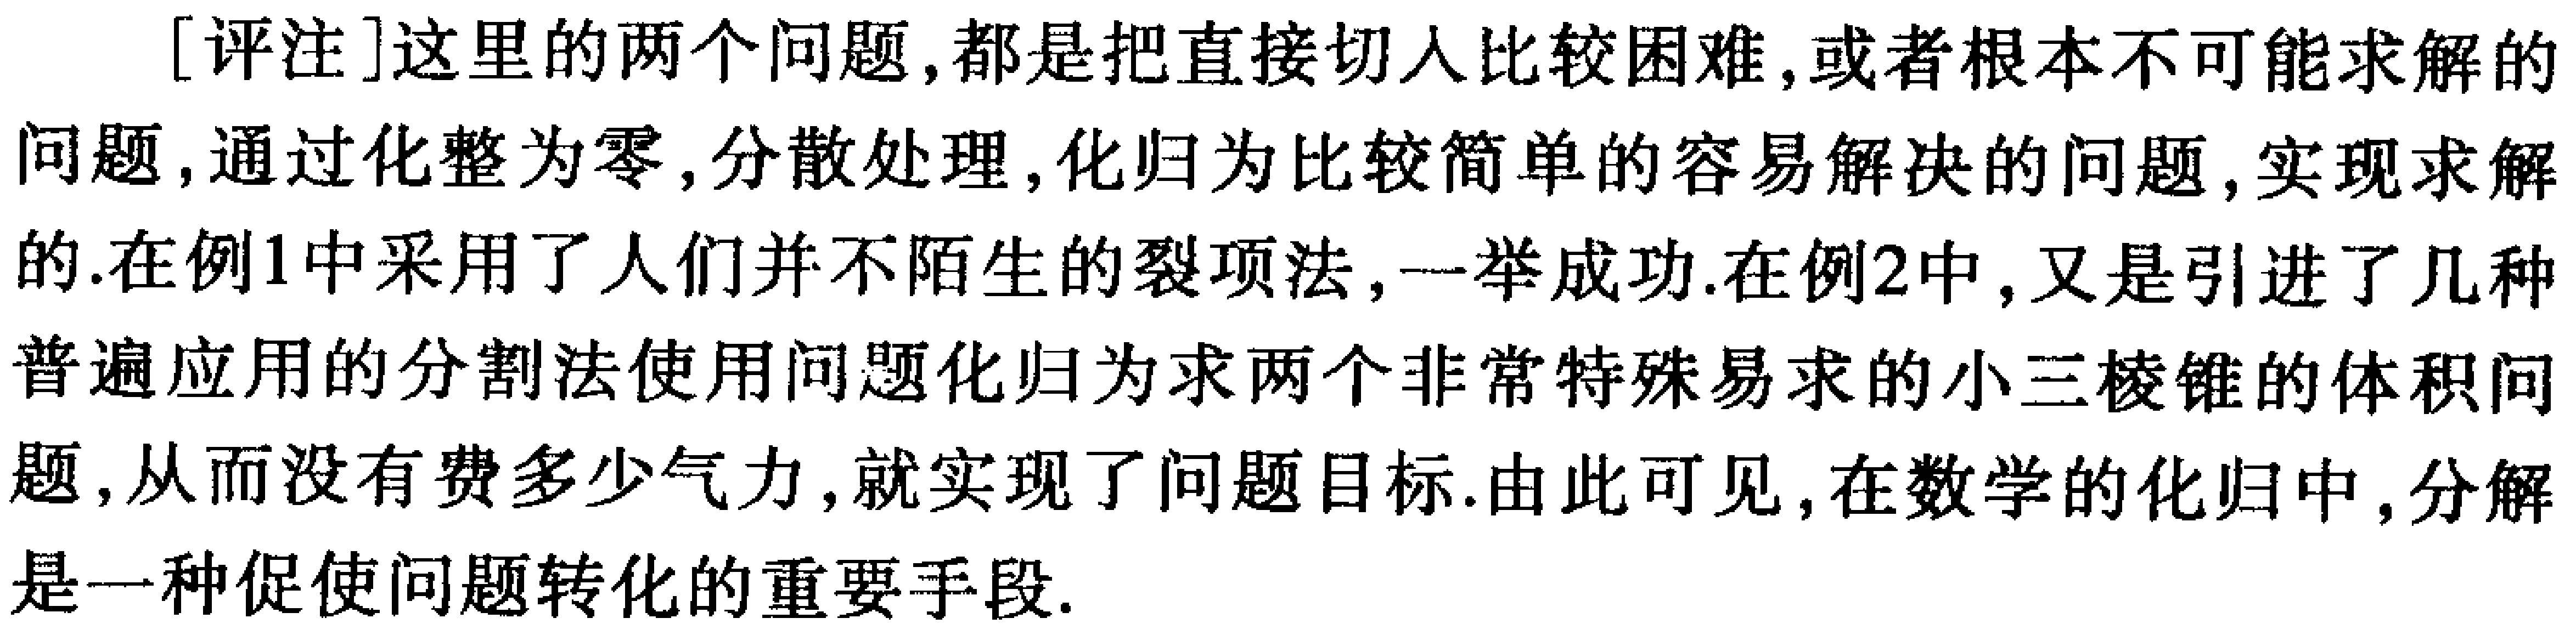
[评注]这里的两个问题,都是把直接切入比较困难,或者根本不可能求解的问题,通过化整为零,分散处理,化归为比较简单的容易解决的问题,实现求解的.在例1中采用了人们并不陌生的裂项法,一举成功.在例2中,又是引进了几种普遍应用的分割法使用问题化归为求两个非常特殊易求的小三棱锥的体积问题,从而没有费多少气力,就实现了问题目标.由此可见,在数学的化归中,分解是一种促使问题转化的重要手段.